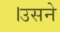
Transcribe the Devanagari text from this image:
।उसने